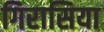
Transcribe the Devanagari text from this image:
गिरासिया